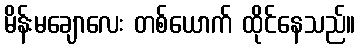
မိန်းမချောလေး တစ်ယောက် ထိုင်နေသည်။